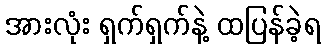
အားလုံး ရှက်ရှက်နဲ့ ထပြန်ခဲ့ရ